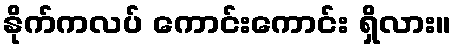
နိုက်ကလပ် ကောင်းကောင်း ရှိလား။